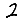
Digit: 2